画像に写った文字を読んでください
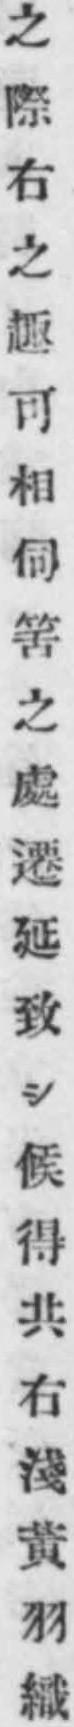
「之際右之趣可相伺筈之處遷延致シ候得共右淺黃羽織」と書いてあります